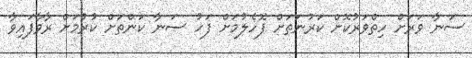
ސަނާ ވަރަށް ހިތްވަރުކޮށް ކަރުނަތަށް ފޮހެލުމަށް ފަހު ސަނާ ކަންތަށް ކުރުމަށް ރާވާފައިވާ